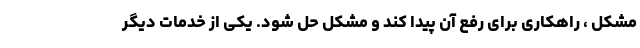
مشکل ، راهکاری برای رفع آن پیدا کند و مشکل حل شود. یکی از خدمات دیگر